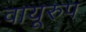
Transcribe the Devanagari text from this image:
वायूरुप